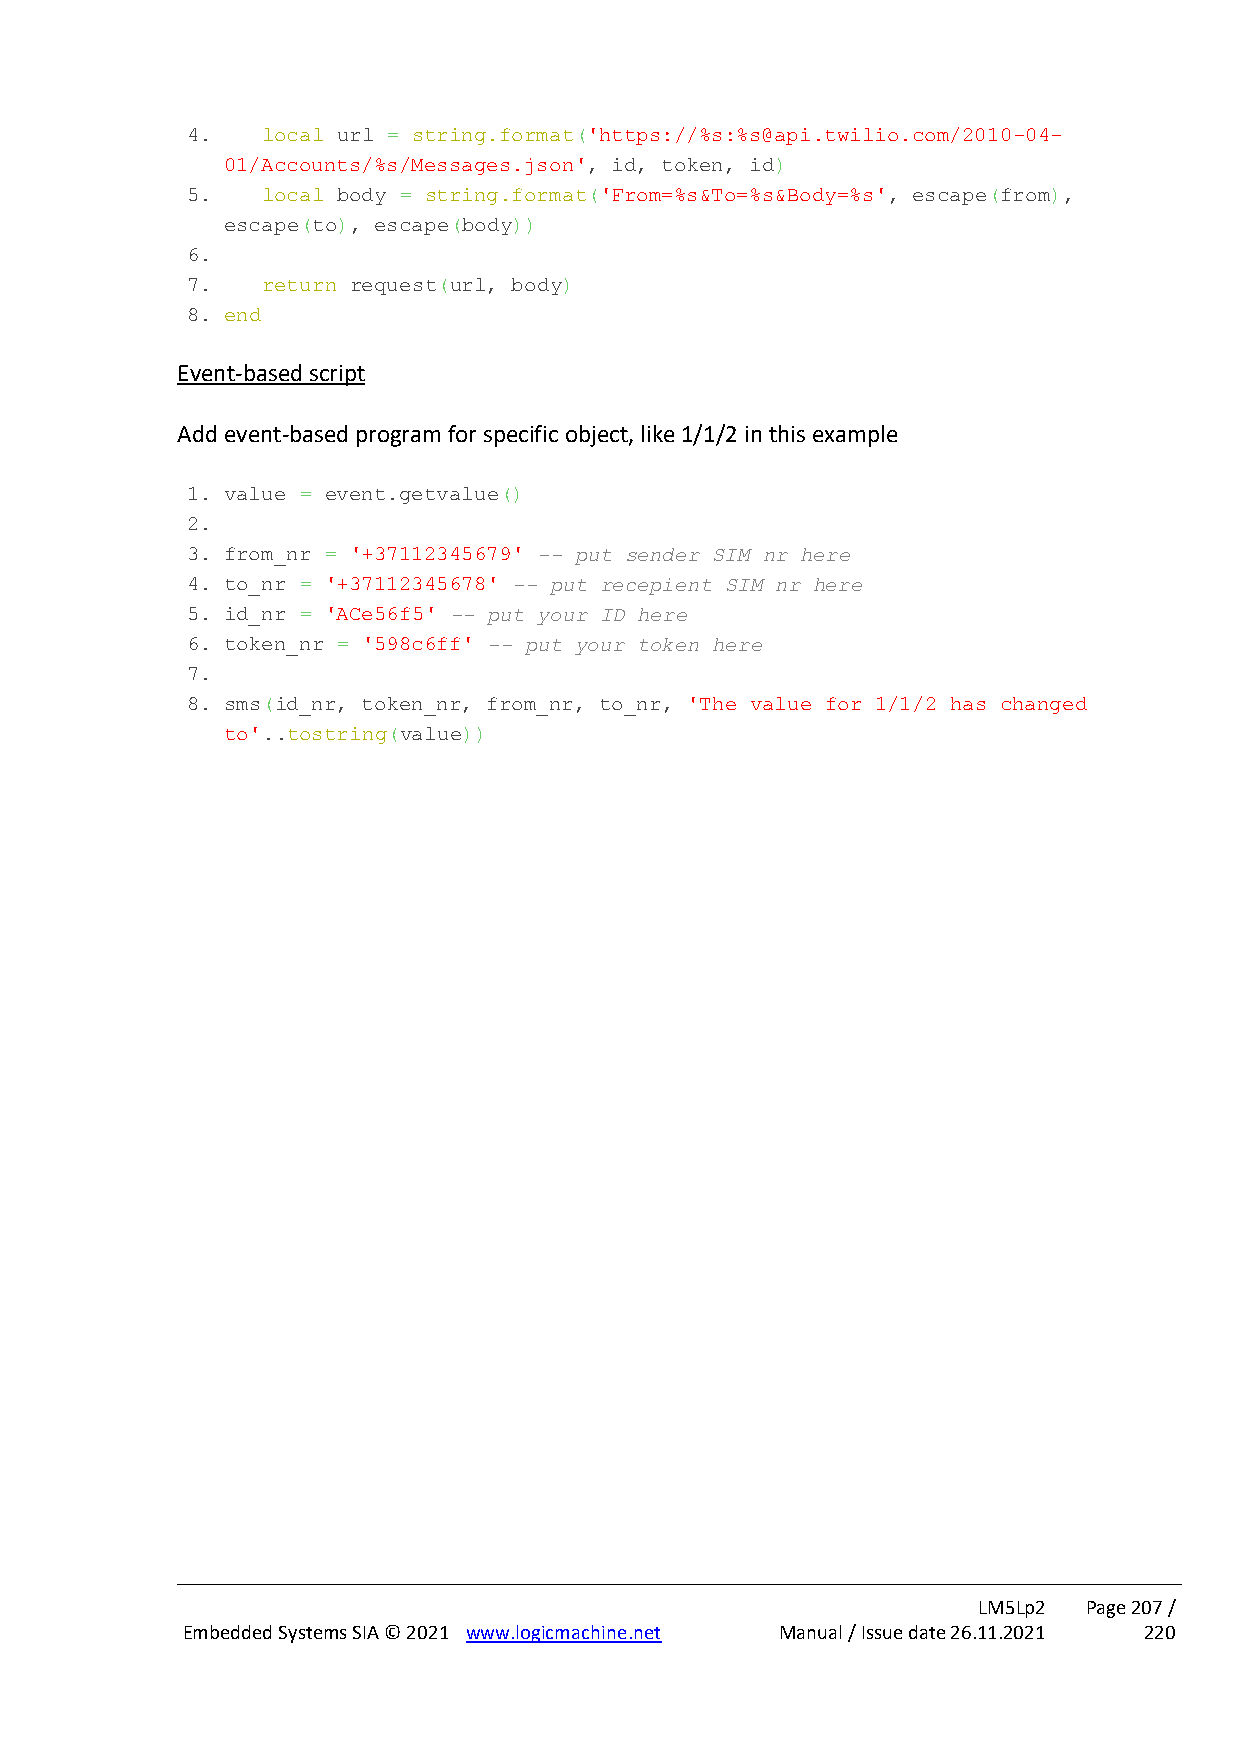
4.   local url = string.format('https://%s:%s@api.twilio.com/2010-04-
 01/Accounts/%s/Messages.json', id, token, id)
 5.   local body = string.format('From=%s&To=%s&Body=%s', escape(from),
 escape(to), escape(body))
 6.
 7.   return request(url, body)
 8. end
 Event-based script
 Add event-based program for specific object, like 1/1/2 in this example
 1. value = event.getvalue()
 2.
 3. from_nr = '+37112345679' -- put sender SIM nr here
 4. to_nr = '+37112345678' -- put recepient SIM nr here
 5. id_nr = 'ACe56f5' -- put your ID here
 6. token_nr = '598c6ff' -- put your token here
 7.
 8. sms(id_nr, token_nr, from_nr, to_nr, 'The value for 1/1/2 has changed
 to'..tostring(value))
 LM5Lp2 Page 207 /
 Embedded Systems SIA © 2021 www.logicmachine.net Manual / Issue date 26.11.2021 220